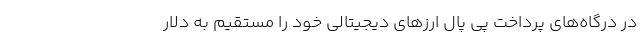
در درگاه‌های پرداخت پی پال ارز‌های دیجیتالی خود را مستقیم به دلار